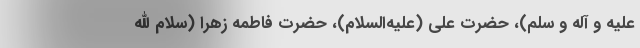
علیه و آله و سلم)، حضرت علی (علیه‌السلام)، حضرت فاطمه زهرا (سلام الله